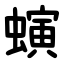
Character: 螾